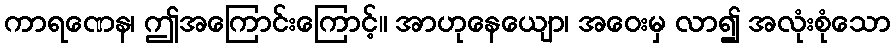
ကာရဏေန၊ ဤအကြောင်းကြောင့်။ အာဟုနေယျော၊ အဝေးမှ လာ၍ အလုံးစုံသော